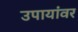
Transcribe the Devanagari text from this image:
उपायांवर